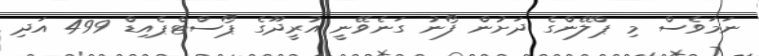
ނަމަވެސް މި ޕްލޭންގެ ދަށުން ފޯނު ގަނެވޭނީ އުރީދޫގެ ޕޯސްޓްޕެއިޑް 499 އަދި